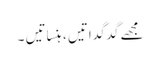
مجھے گدگداتیں ، ہنساتیں ۔